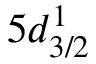
5 d _ { 3 / 2 } ^ { 1 }